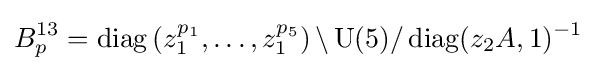
B_{p}^{13}=\operatorname {diag} \left(z_{1}^{p_{1}},\dots ,z_{1}^{p_{5}}\right)\backslash \operatorname {U} (5)/\operatorname {diag} (z_{2}A,1)^{-1}